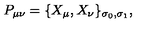
P _ { \mu \nu } = \{ X _ { \mu } , X _ { \nu } \} _ { \sigma _ { 0 } , \sigma _ { 1 } } ,